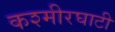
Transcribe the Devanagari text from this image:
कश्मीरघाटी